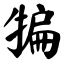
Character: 犏